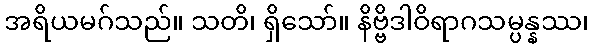
အရိယမဂ်သည်။ သတိ၊ ရှိသော်။ နိဗ္ဗိဒါဝိရာဂသမ္ပန္နဿ၊